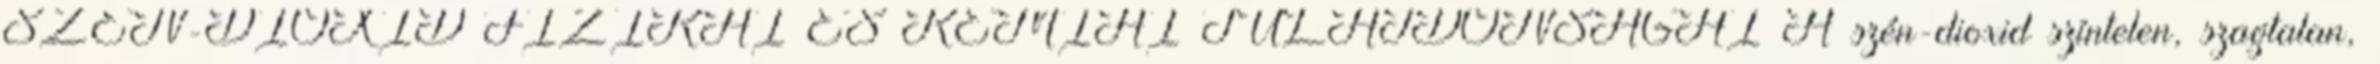
SZÉN-DIOXID FIZIKAI ÉS KÉMIAI TULAJDONSÁGAI A szén-dioxid színtelen, szagtalan,